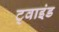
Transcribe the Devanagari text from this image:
ट्वाइंड